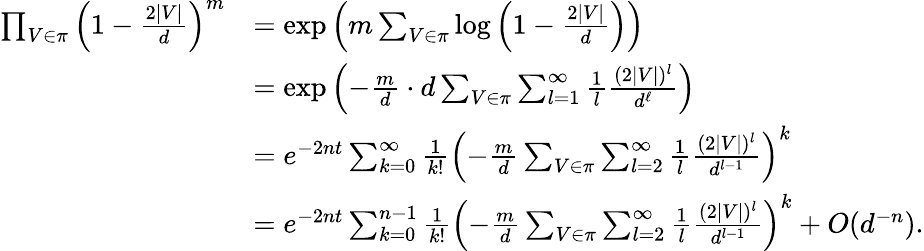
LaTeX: \begin{array}{rl}{\prod_{V\in\pi}\left(1-\frac{2|V|}{d}\right)^{m}}&{=\exp\left(m\sum_{V\in\pi}\log\left(1-\frac{2|V|}{d}\right)\right)}\\ &{=\exp\left(-\frac{m}{d}\cdot d\sum_{V\in\pi}\sum_{l=1}^{\infty}\frac{1}{l}\frac{(2|V|)^{l}}{d^{\ell}}\right)}\\ &{=e^{-2nt}\sum_{k=0}^{\infty}\frac{1}{k!}\left(-\frac{m}{d}\sum_{V\in\pi}\sum_{l=2}^{\infty}\frac{1}{l}\frac{(2|V|)^{l}}{d^{l-1}}\right)^{k}}\\ &{=e^{-2nt}\sum_{k=0}^{n-1}\frac{1}{k!}\left(-\frac{m}{d}\sum_{V\in\pi}\sum_{l=2}^{\infty}\frac{1}{l}\frac{(2|V|)^{l}}{d^{l-1}}\right)^{k}+O(d^{-n}).}\end{array}